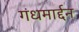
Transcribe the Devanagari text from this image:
गंधमार्द्दन